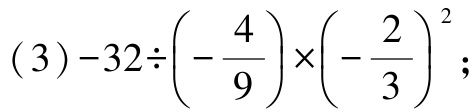
(3) \(-32\div\left(-\dfrac{4}{9}\right)\times\left(-\dfrac{2}{3}\right)^{2}\);